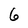
Character: 6